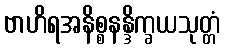
ဗာဟိရအနိစ္စနန္ဒိက္ခယသုတ္တံ